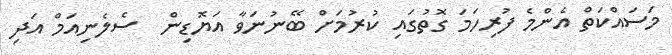
މަސައްކަތް އެންމެ ފުރިހަމަ ގޮތުގައި ކުރުމަށް ބޭނުނަވާ އަޔޮޑިން  ސެލެނިއަމް އަދި